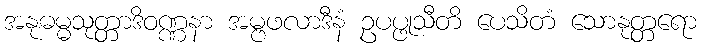
အနုဓမ္မသုတ္တာဒိဝဏ္ဏနာ အမ္ဗဖလာဒီနံ ဥပပ္ဖုသီတိ ပေသိတံ သောနုတ္တရော